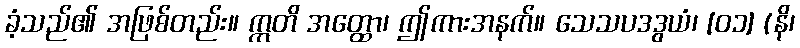
ခံ့သည်၏ အဖြစ်တည်း။ ဣတိ အတ္ထော၊ ဤကားအနက်။ သေသပဒဒွယံ၊ [၀၁] (နိ၊